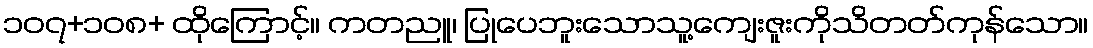
၁၀၇+၁၀၈+ ထိုကြောင့်။ ကတညူ၊ ပြုပေဘူးသောသူ့ကျေးဇူးကိုသိတတ်ကုန်သော။